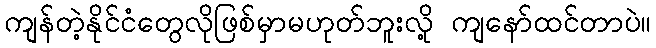
ကျန်တဲ့နိုင်ငံတွေလိုဖြစ်မှာမဟုတ်ဘူးလို့ ကျနော်ထင်တာပဲ။